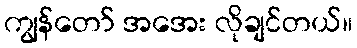
ကျွန်တော် အအေး လိုချင်တယ်။